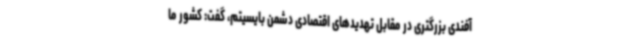
آفندی بزرگتری در مقابل تهدیدهای اقتصادی دشمن بایسیتم، گفت: کشور ما